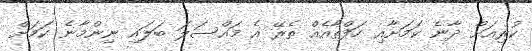
ކުރިއަށް ދާނެ ކަމަށާއި ހަފްތާއެއް ތެރޭ އެ މައްސަލަ ބަލައި ނިންމާނެ ކަމަށް